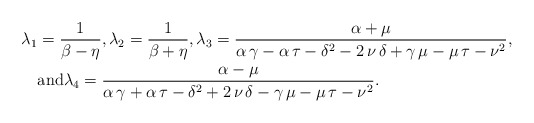
\begin{align*} \lambda_1 &= \frac{1}{\beta-\eta}, \lambda_2= \frac{1}{\beta+\eta}, \lambda_3 = {\frac {\alpha+\mu}{\alpha\,\gamma-\alpha\,\tau-{\delta}^{2}-2\,\nu\, \delta+\gamma\,\mu-\mu\,\tau-{\nu}^{2}}}, \\ & \mbox{and} \lambda_4 = {\frac {\alpha-\mu}{\alpha\,\gamma+\alpha\,\tau-{\delta}^{2}+2\,\nu\,\delta-\gamma\,\mu-\mu\,\tau-{\nu}^{2}}}. \end{align*}